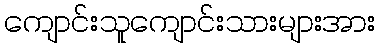
ကျောင်းသူကျောင်းသားများအား